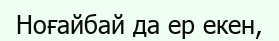
Ноғайбай да ер екен,